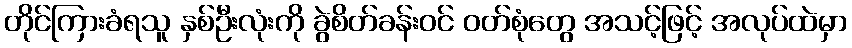
တိုင်ကြားခံရသူ နှစ်ဦးလုံးကို ခွဲစိတ်ခန်းဝင် ဝတ်စုံတွေ အသင့်ဖြင့် အလုပ်ထဲမှာ